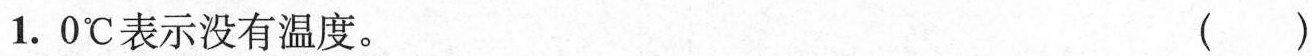
1.0℃表示没有温度。()